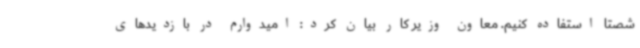
شصتا استفاده کنیم. معاون وزیر کار بیان کرد: امیدوارم در بازدیدهای